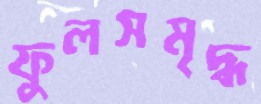
ফুলসমৃদ্ধ